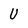
Character: U